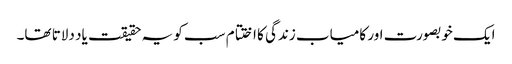
ایک خوبصورت اور کامیاب زندگی کا اختتام سب کو یہ حقیقت یاد دلاتا تھا۔